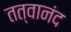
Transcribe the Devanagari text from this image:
तत्वानंद